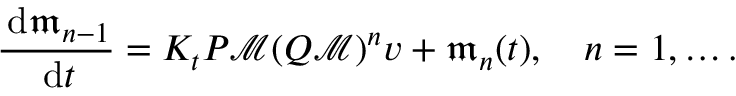
\frac { \, \mathrm { d } \mathfrak m _ { n - 1 } } { \, \mathrm { d } t } = K _ { t } P \mathcal M ( Q \mathcal M ) ^ { n } v + \mathfrak m _ { n } ( t ) , \quad n = 1 , \ldots .